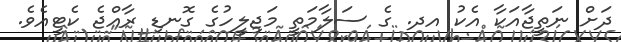
ދަށް ނަތީޖާއަކާ އެކު އދ. ގެ ސަލާމަތީ މަޖިލީހުގެ ގޮނޑި ރާއްޖެ ކެޓީއެވެ.